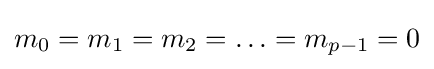
m_{0}=m_{1}=m_{2}=\ldots =m_{p-1}=0